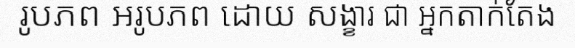
រូបភព អរូបភព ដោយ សង្ខារ ជា អ្នកតាក់តែង